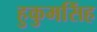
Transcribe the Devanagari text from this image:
हुकुमसिंह